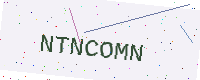
Text: NTNCOMN